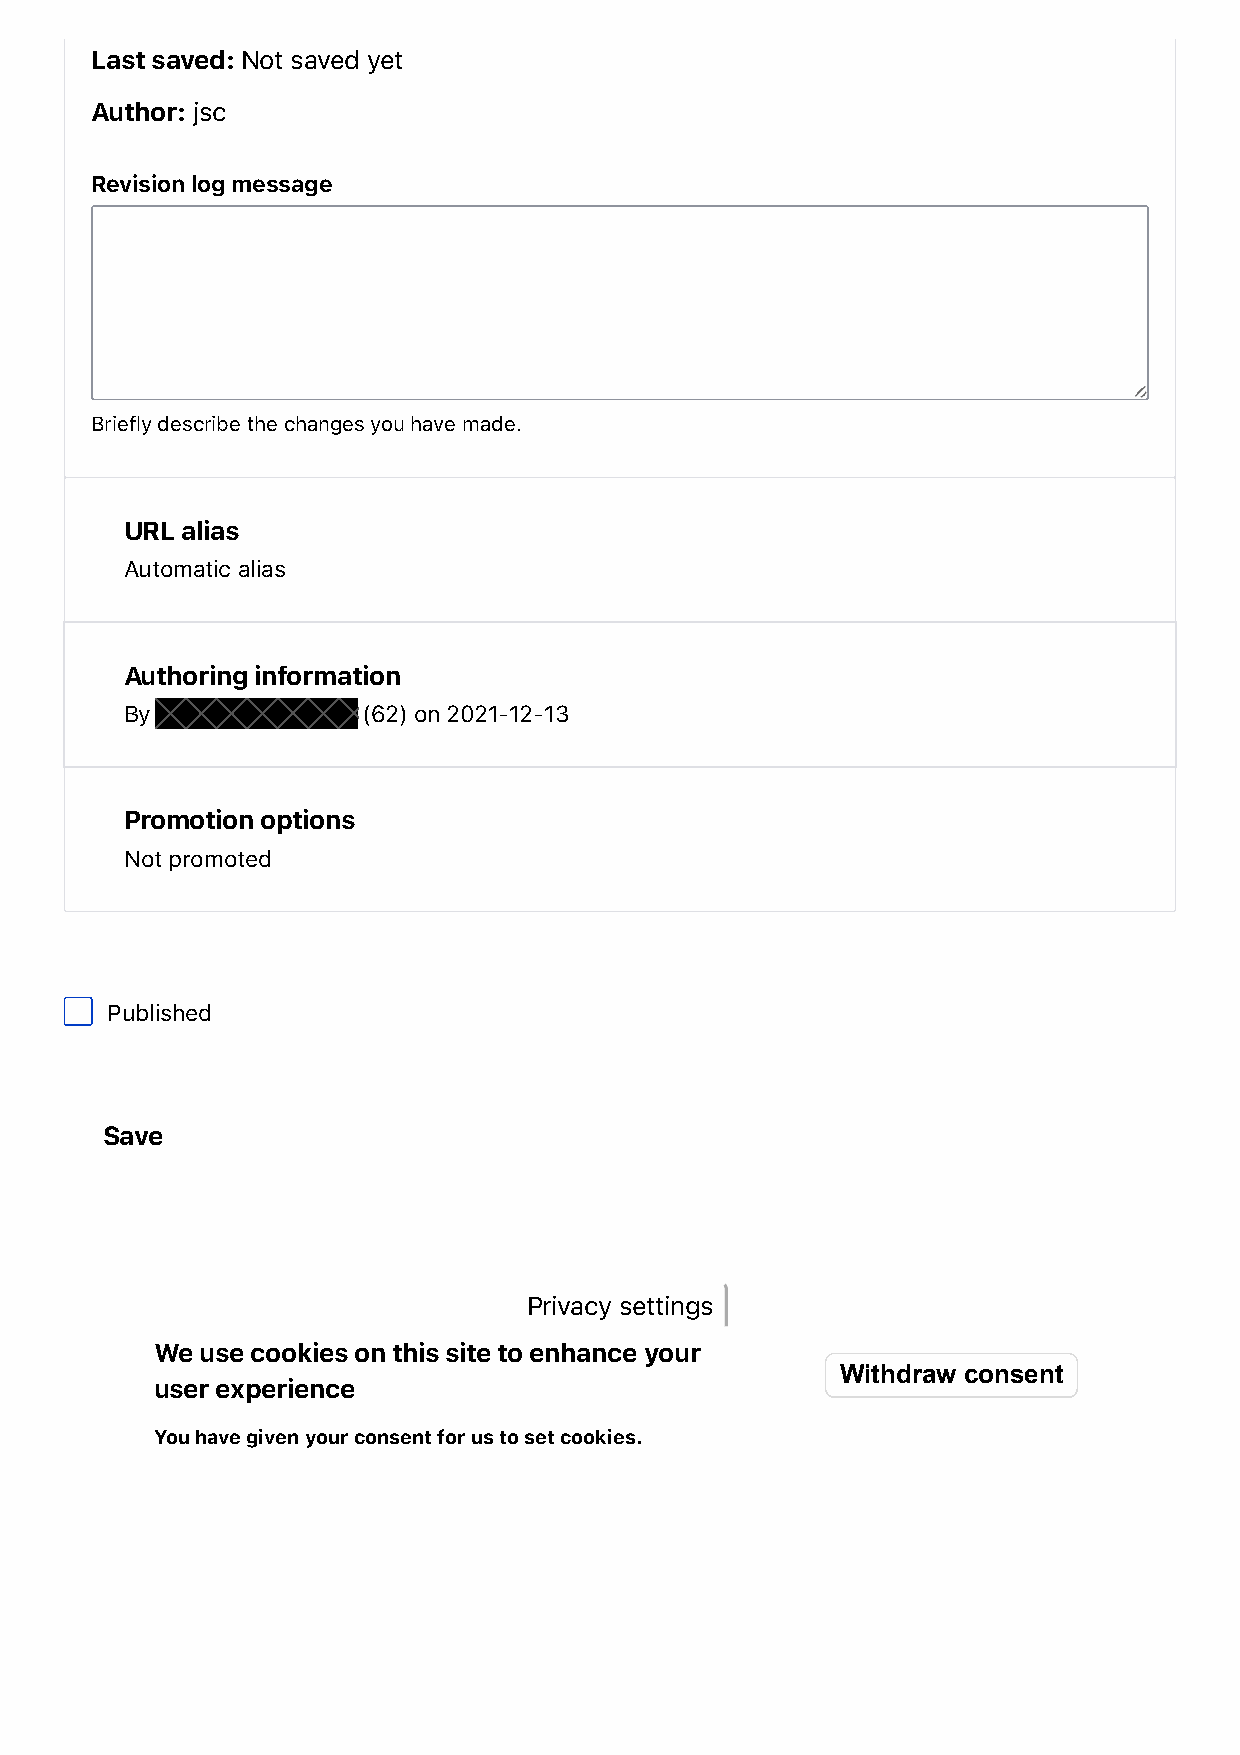
Last saved: Not saved yet
 Author: jsc
 Revision log message
 Briefly describe the changes you have made.
 URL alias
 Automatic alias
 Authoring information
 By              (62) on 2021-12-13
 Promotion options
 Not promoted
 Published
 Save
 Privacy settings
 We use cookies on this site to enhance your
 Withdraw consent
 user experience
 You have given your consent for us to set cookies.